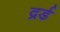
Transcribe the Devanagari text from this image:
द्रर्ड